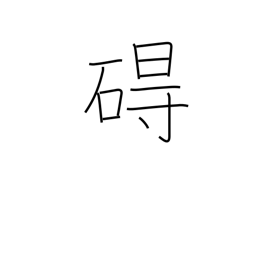
Meaning: obstacle